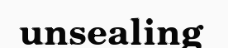
unsealing